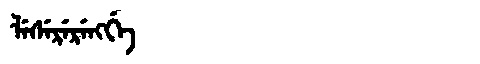
Manchu: ᠯᡝᠰᡝᡵᡝᡵᡝᠩᡤᡝ
Romanization: LESERERENGGE